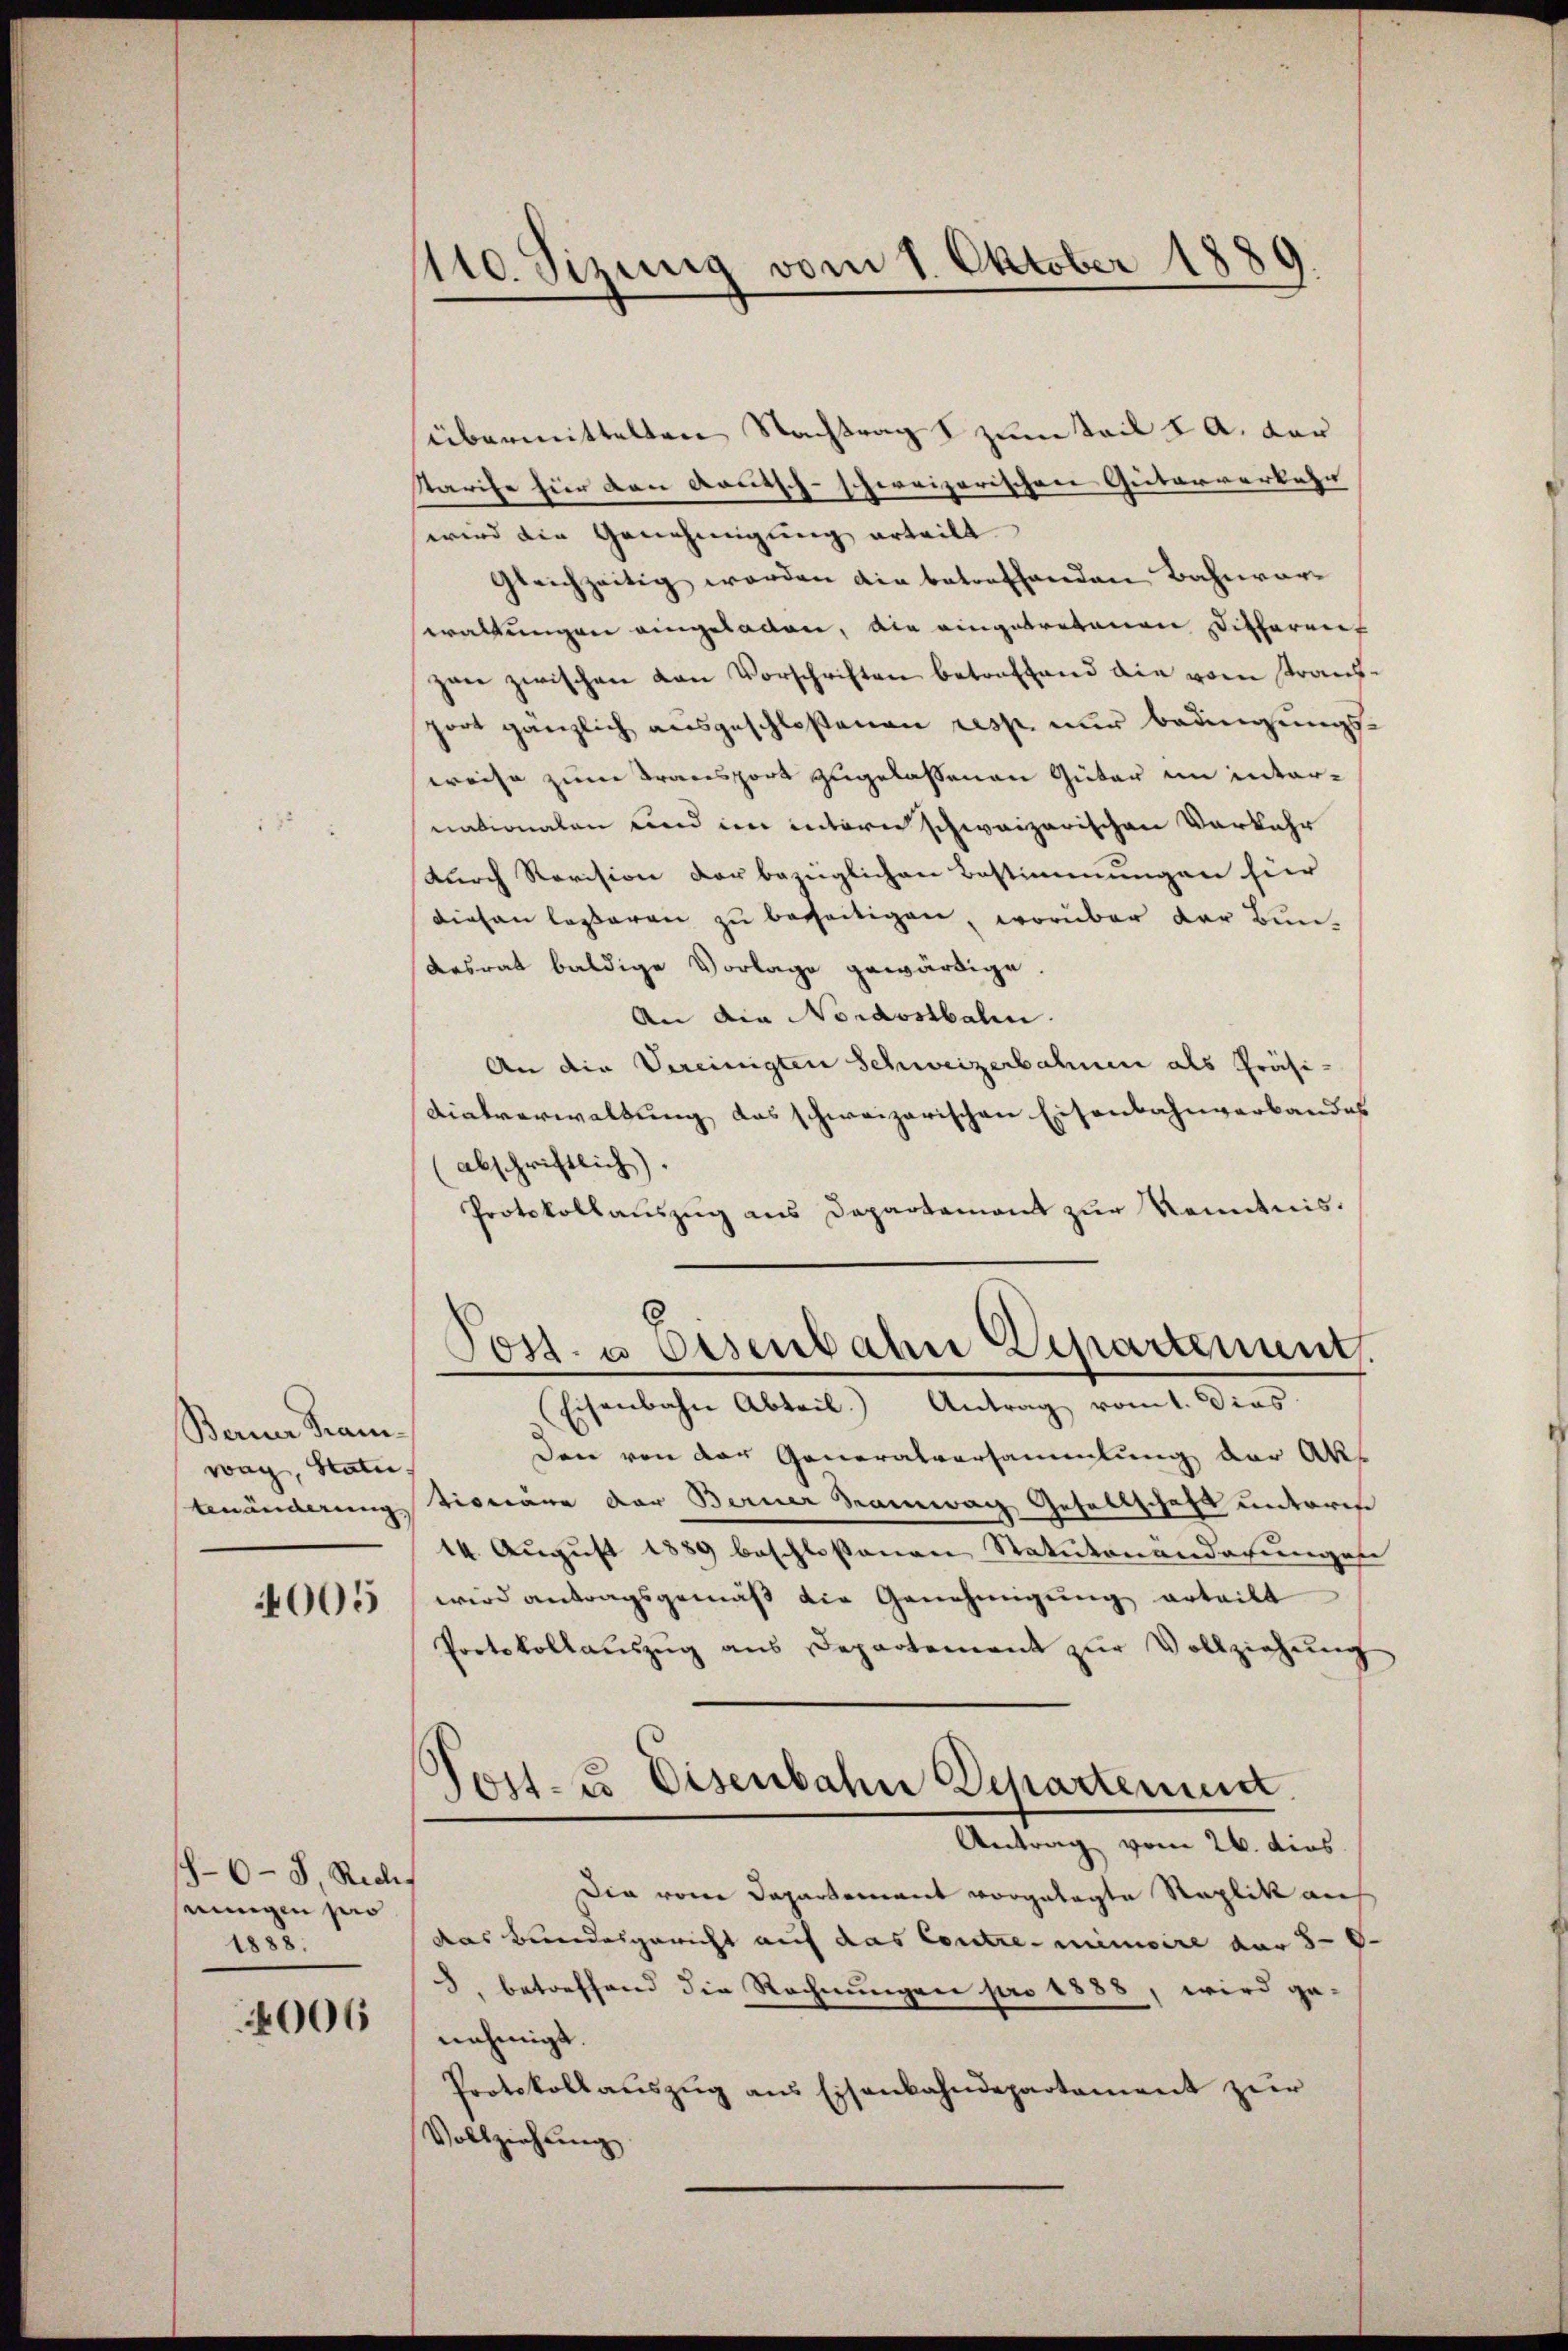
Berner Franwag, Statu

4005

1-6-8. Reces
seingen pro
1888.

4006

110. Sizung vom 1. Oktober 1889.

übermittelten Nachtrag 2 zum Teil & A. der
Karife hier den Rautsch-schweizerischen Güterverkehr |
wird die Genehmigung erteilt.
gleichzeitig werden die betreffenden Bahnwärwaltungen eingeladen, die eingetretenen Different
zen zwischen von Vorschriften betreffend die vom Transport gänzlich ausgeschloßenen resp. nur bedingungsweise zum Transport zugelassenen Güter im internationalen und im intern schweizerischen Vorkehr
durch Revision der bezüglichen Bestimmungen für
diesen lasseren zu besseitigen, worüber der Bun¬
Aesrat baldige Vorlage gewärtige.
An die Nordostbalen.
An die Vereinigten Schweizerbahnen als Präsi¬
Tialverwaltung das schweizerischen Eisenbahnverbandes
abschriftlich).
Protokollaŭszŭg ans Departemont zŭr Kenntnis.
Post- u Eisenbahn Departenung.
(Eisenbahn Abteil. Antrag vom 1. dies
Den von der Generalversammlung der Abs
benänderung tionäre der Berner Hamwag Gesellschaft unterm
14. August 1889 beschlossenen Statutenanderungen
wird antragsgemäß die Genehmigung erteilt
Portokollauszug aus Departement zur Vollziehung
Jost- u Eisenbahn Departemen
Antrag vom 26. dies
Die vom Departement vorgelegte Replik auf
das Bundesgericht auf das Contre minicire vor 8 - 8
3. betreffend die Rechnungen pro 1888, wird ge-
nehmigt.
Protokollaŭszŭg ans Eisenbahndepartament zur
Vollziehung.